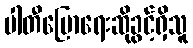
ပါတီပြောရေးဆိုခွင့်ရှိသူ